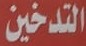
التدخين